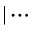
| \cdots \rrangle